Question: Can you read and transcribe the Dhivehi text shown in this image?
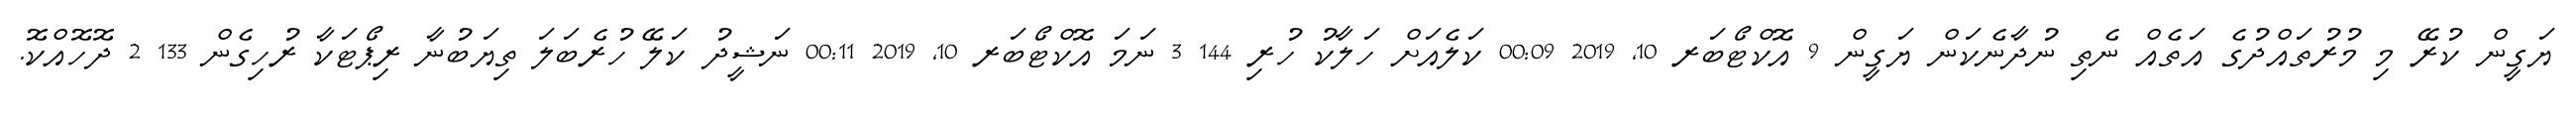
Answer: ޔަގީން ކުރޭ މި މުރުތައްދުގެ އަތެއް ނެތި ނުދާނެކަން ޔަގީން 9 އޮކްޓޯބަރ 10, 2019 00:09 ކަލެއަށް ހަލާކު ހުރި 144 3 ނަމަ އޮކްޓޯބަރ 10, 2019 00:11 ނަޝީދު ކަލޭ ހުރެބަލަ ތިޔަބުނާ ރިޕޯޓަކާ ރުހިގެން 133 2 ދޮހޮއްކޮ.